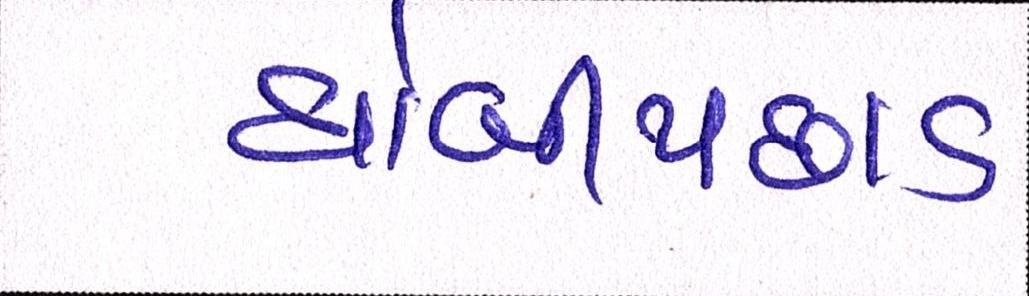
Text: ધોબીપછાડ